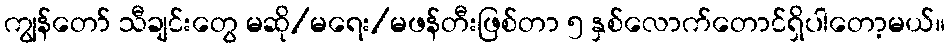
ကျွန်တော် သီချင်းတွေ မဆို/မရေး/မဖန်တီးဖြစ်တာ ၅ နှစ်လောက်တောင်ရှိပါတော့မယ်။